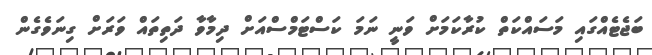
ބަޖެޓެއްގައި މަސައްްކަތް ކުރާކަމަށް ވަނީ ނަަމަ ކަސްޓަމްސްއަށް ދިމާވާ ދަތިތައް ވަރަށް ގިނަވެގެން